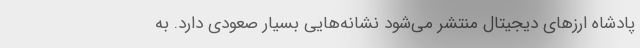
پادشاه ارز‌های دیجیتال منتشر می‌شود نشانه‌هایی بسیار صعودی دارد. به